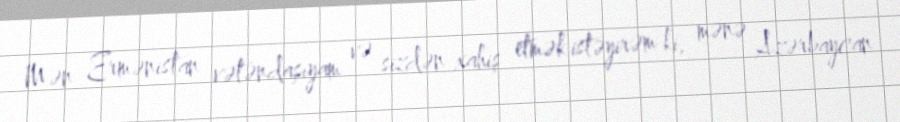
Mən Ermənistan vətəndaşıyam və sizdən xahiş etmək istəyirəm ki, mənə Azərbaycan